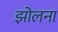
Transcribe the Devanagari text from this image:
झोलना